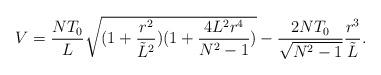
LaTeX: \begin{align*}V=\frac{NT_0}{L}\sqrt{(1+\frac{r^2}{{\tilde L}^2})(1+\frac{4L^2r^4}{N^2-1})}-\frac{2NT_0}{\sqrt{N^2-1}}\frac{r^3}{{\tilde L}}.\end{align*}